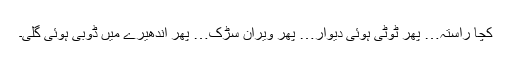
کچا راستہ… پھر ٹوٹی ہوئی دیوار… پھر ویران سڑک… پھر اندھیرے میں ڈوبی ہوئی گلی۔